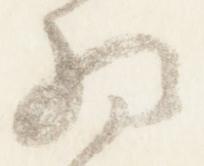
将